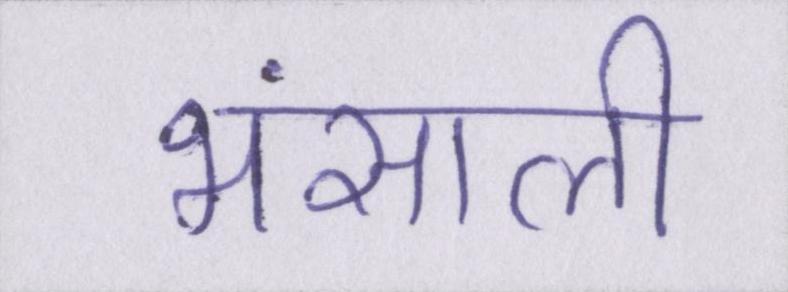
भंसाली